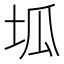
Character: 坬